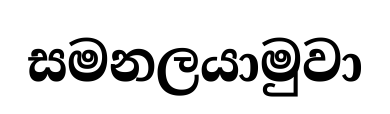
සමනලයාමුවා